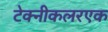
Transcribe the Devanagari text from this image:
टेक्नीकलरएक